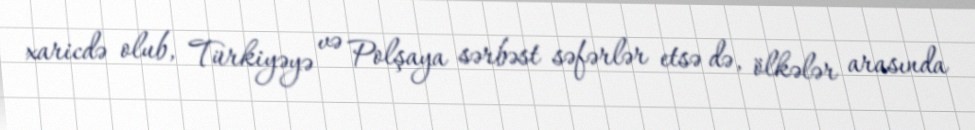
xaricdə olub, Türkiyəyə və Polşaya sərbəst səfərlər etsə də, ölkələr arasında